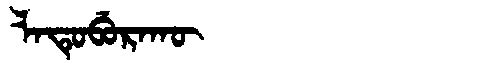
Manchu: ᠯᠠᡨᡠᠪᡠᡵᠠᡴᡡ
Romanization: LATUBURAKŪ